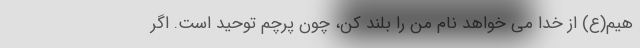
هیم(ع) از خدا می خواهد نام من را بلند کن، چون پرچم توحید است. اگر